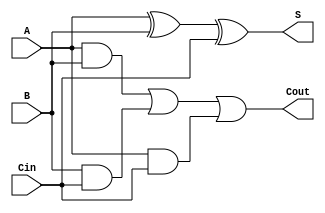
module full_adder(
    input A,
    input B,
    input Cin,
    output S,
    output Cout
);

// Create internal signals for intermediate calculations
reg sum;
reg Cout;

// Behavioral modeling to calculate sum and carry outputs
always @ (A or B or Cin)
begin
    sum = A ^ B ^ Cin;
    Cout = (A & B) | (B & Cin) | (A & Cin);
end

// Assign outputs
assign S = sum;
assign Cout = Cout;

endmodule